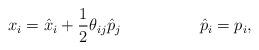
LaTeX: \begin{align*}x_{i}=\hat{x}_{i}+\frac{1}{2}\theta_{ij}\hat{p}_{j}\hspace{2.cm}\hat{p}_{i}=p_{i} ,\end{align*}